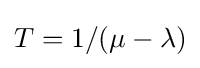
T=1/(\mu -\lambda )